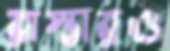
রাস্তারও